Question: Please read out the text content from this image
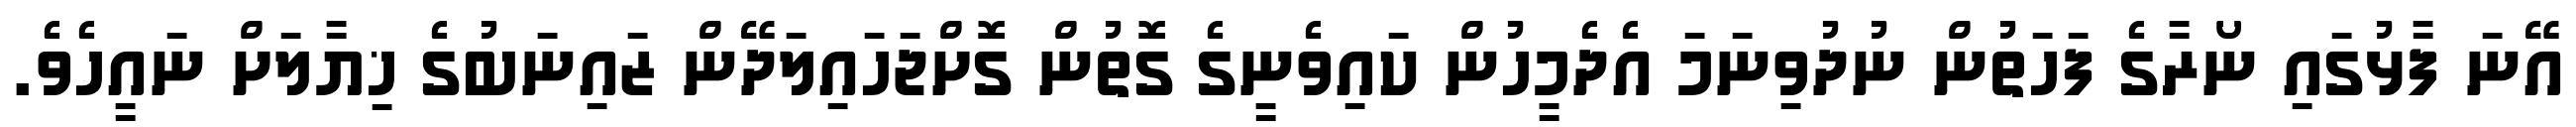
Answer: އޭނަ ފާޅުގައި ނޯރާގެ ފަހަތުން ނުދުވިނަމަ އެދެމީހުން ކައިވެނީގެ ގޮތުން ގޮށްޖަހައިލަދޭން ޒައިނަބުގެ ޚިޔާލަށް ނައީހެވެ.